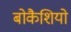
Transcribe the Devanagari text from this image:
बोकैशियो